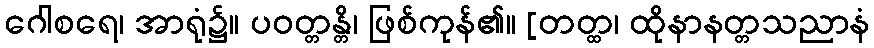
ဂေါစရေ၊ အာရုံ၌။ ပဝတ္တန္တိ၊ ဖြစ်ကုန်၏။ [တတ္ထ၊ ထိုနာနတ္တသညာနံ